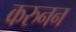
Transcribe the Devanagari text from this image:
करुनन